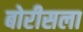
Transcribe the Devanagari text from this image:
बोरीसला